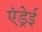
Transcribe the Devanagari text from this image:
एंड्रेई